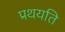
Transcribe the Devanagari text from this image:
प्रथयति